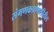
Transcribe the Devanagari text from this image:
संगणकप्रणालीतील